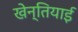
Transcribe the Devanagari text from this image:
खेन्तियाई